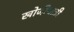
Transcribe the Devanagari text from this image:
खोजीयात्री